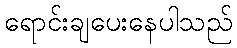
ရောင်းချပေးနေပါသည်